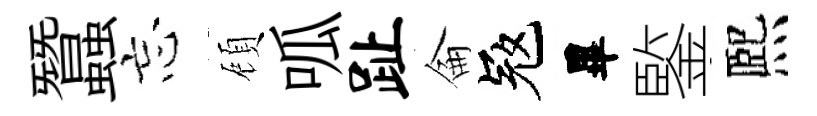
蠶忘頋呱趾侖冦畢鍳熈